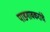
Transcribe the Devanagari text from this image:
पाडगावकरांचे